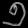
Digit: ၅